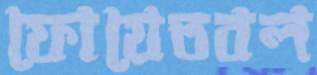
ফোয়েতবল